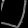
Digit: ၂